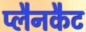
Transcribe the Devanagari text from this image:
प्लैनकैट